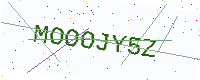
Text: MOOOJY5Z